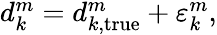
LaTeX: \begin{array}{r}{d_{k}^{m}=d_{k,\mathrm{true}}^{m}+\varepsilon_{k}^{m},}\end{array}